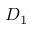
D _ { 1 }